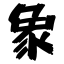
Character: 象